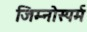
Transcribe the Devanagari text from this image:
जिम्‍नोस्‍पर्म